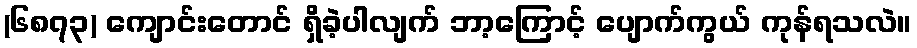
(၆၈၇၃) ကျောင်းတောင် ရှိခဲ့ပါလျက် ဘာ့ကြောင့် ပျောက်ကွယ် ကုန်ရသလဲ။